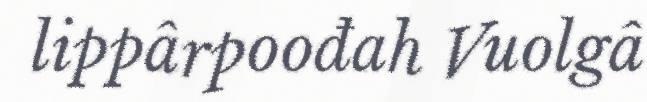
lippârpoođah Vuolgâ